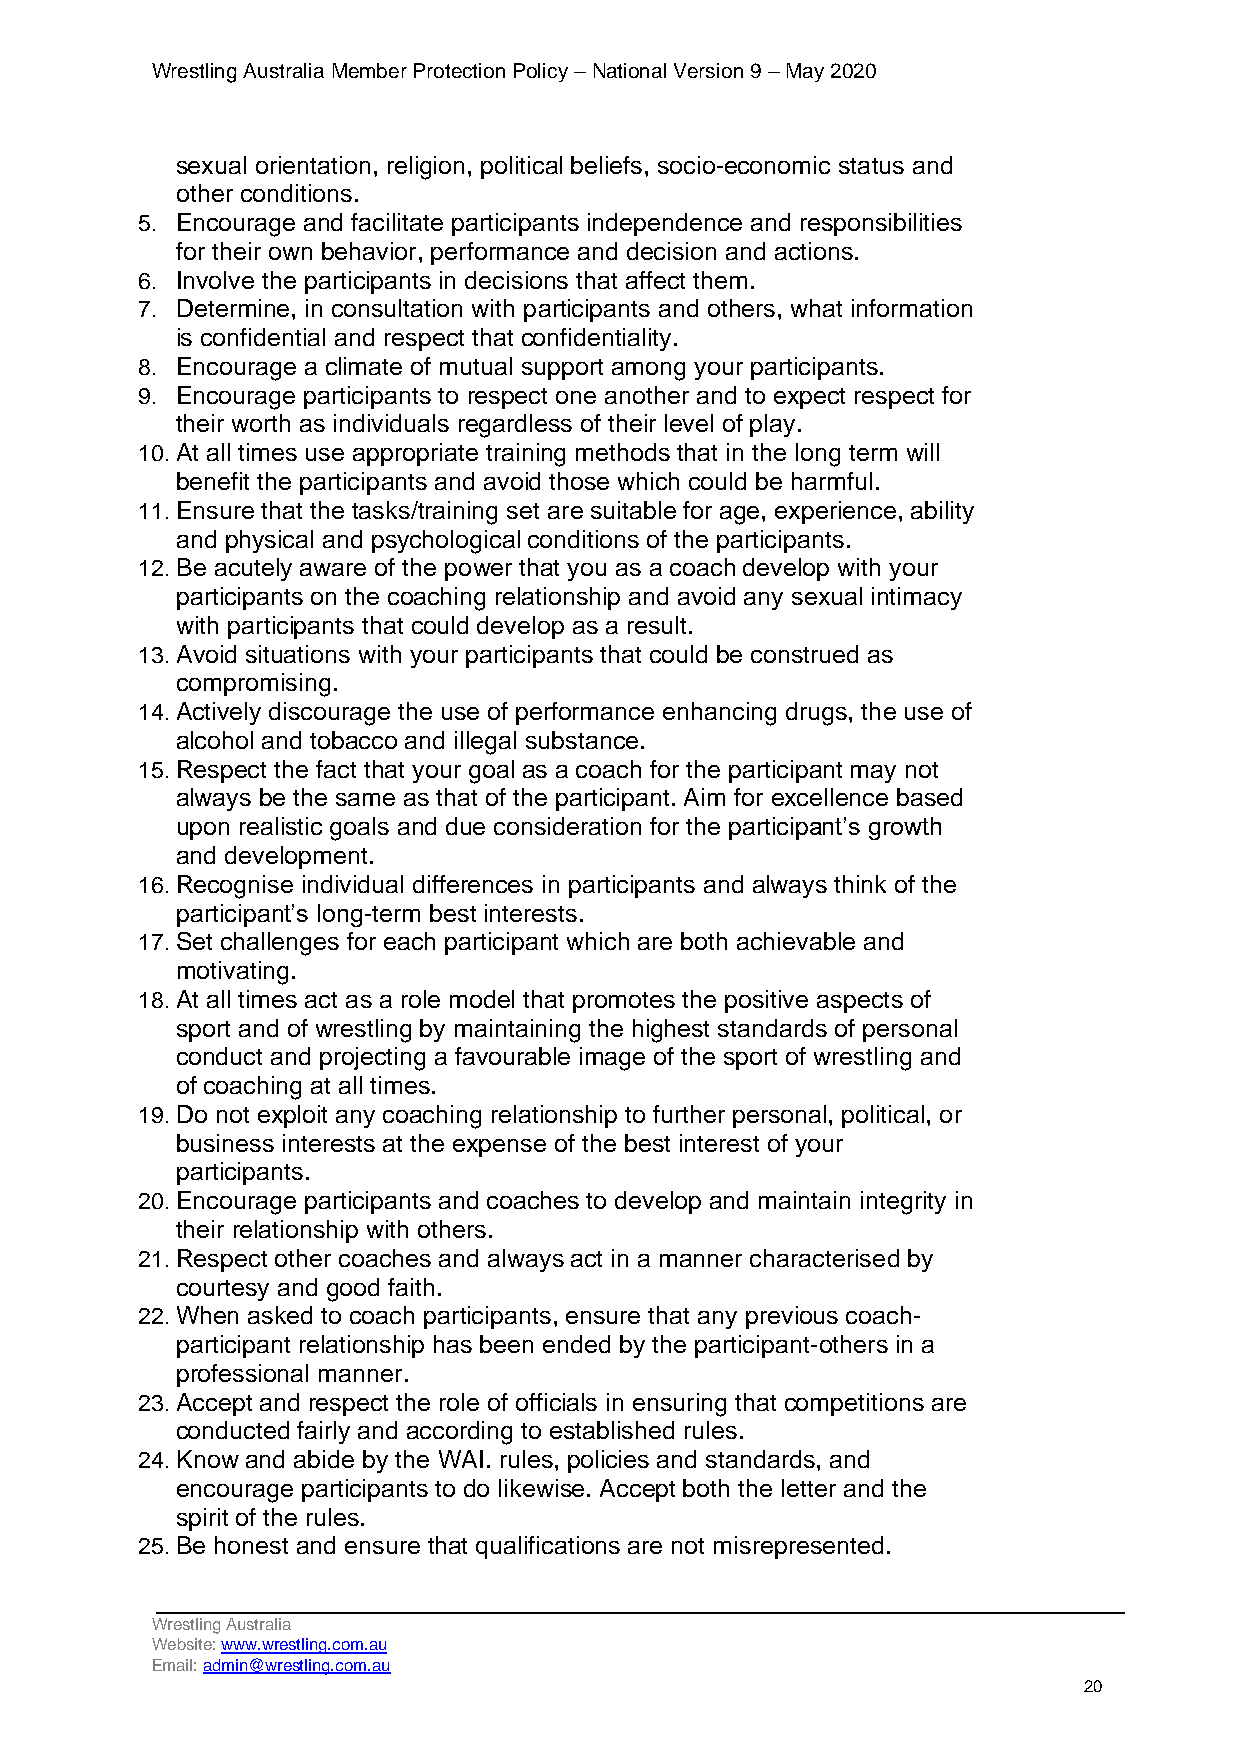
Wrestling Australia Member Protection Policy – National Version 9 – May 2020
 sexual orientation, religion, political beliefs, socio-economic status and
 other conditions.
 5. Encourage and facilitate participants independence and responsibilities
 for their own behavior, performance and decision and actions.
 6. Involve the participants in decisions that affect them.
 7. Determine, in consultation with participants and others, what information
 is confidential and respect that confidentiality.
 8. Encourage a climate of mutual support among your participants.
 9. Encourage participants to respect one another and to expect respect for
 their worth as individuals regardless of their level of play.
 10. At all times use appropriate training methods that in the long term will
 benefit the participants and avoid those which could be harmful.
 11. Ensure that the tasks/training set are suitable for age, experience, ability
 and physical and psychological conditions of the participants.
 12. Be acutely aware of the power that you as a coach develop with your
 participants on the coaching relationship and avoid any sexual intimacy
 with participants that could develop as a result.
 13. Avoid situations with your participants that could be construed as
 compromising.
 14. Actively discourage the use of performance enhancing drugs, the use of
 alcohol and tobacco and illegal substance.
 15. Respect the fact that your goal as a coach for the participant may not
 always be the same as that of the participant. Aim for excellence based
 upon realistic goals and due consideration for the participant’s growth
 and development.
 16. Recognise individual differences in participants and always think of the
 participant’s long-term best interests.
 17. Set challenges for each participant which are both achievable and
 motivating.
 18. At all times act as a role model that promotes the positive aspects of
 sport and of wrestling by maintaining the highest standards of personal
 conduct and projecting a favourable image of the sport of wrestling and
 of coaching at all times.
 19. Do not exploit any coaching relationship to further personal, political, or
 business interests at the expense of the best interest of your
 participants.
 20. Encourage participants and coaches to develop and maintain integrity in
 their relationship with others.
 21. Respect other coaches and always act in a manner characterised by
 courtesy and good faith.
 22. When asked to coach participants, ensure that any previous coach-
 participant relationship has been ended by the participant-others in a
 professional manner.
 23. Accept and respect the role of officials in ensuring that competitions are
 conducted fairly and according to established rules.
 24. Know and abide by the WAI. rules, policies and standards, and
 encourage participants to do likewise. Accept both the letter and the
 spirit of the rules.
 25. Be honest and ensure that qualifications are not misrepresented.
 Wrestling Australia
 Website: www.wrestling.com.au
 Email: admin@wrestling.com.au
 20